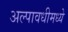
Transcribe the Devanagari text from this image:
अल्पावधीमध्ये